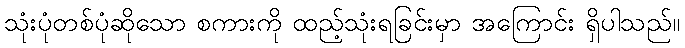
သုံးပုံတစ်ပုံဆိုသော စကားကို ထည့်သုံးရခြင်းမှာ အကြောင်း ရှိပါသည်။